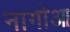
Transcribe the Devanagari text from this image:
नागोआ